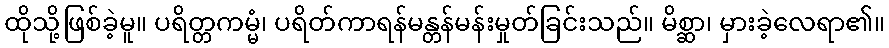
ထိုသို့ဖြစ်ခဲ့မူ။ ပရိတ္တကမ္မံ၊ ပရိတ်ကာရန်မန္တန်မန်းမှုတ်ခြင်းသည်။ မိစ္ဆာ၊ မှားခဲ့လေရာ၏။